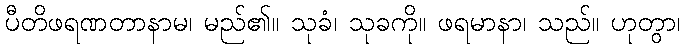
ပီတိဖရဏတာနာမ၊ မည်၏။ သုခံ၊ သုခကို။ ဖရမာနာ၊ သည်။ ဟုတွာ၊